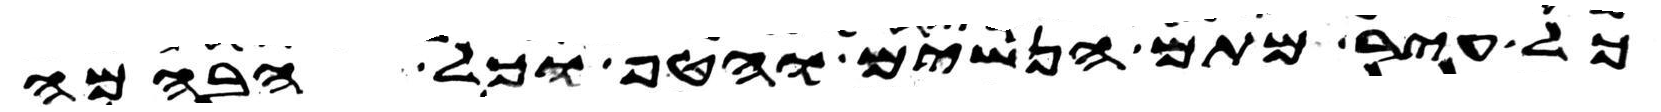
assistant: כל עיר מתם הנשים והטף וכל הבהמה